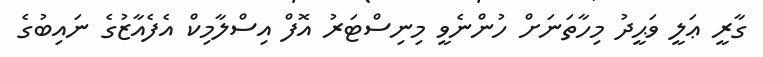
ގާރީ ޢަލީ ވަޙީދު މިހާތަނަށް ހުންނެވީ މިނިސްޓަރު އޮފް އިސްލާމިކް އެފެއާޒުގެ ނައިބުގެ